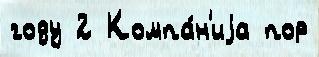
году 2 Компа́н'иjа пор